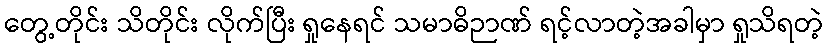
တွေ့တိုင်း သိတိုင်း လိုက်ပြီး ရှုနေရင် သမာဓိဉာဏ် ရင့်လာတဲ့အခါမှာ ရှုသိရတဲ့